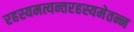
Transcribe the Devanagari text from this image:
रहस्यमत्यन्तरहस्यमेतन्न